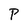
Character: P